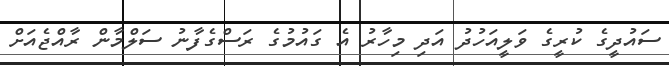
ސައުދީގެ ކުރީގެ ވަލީއަހުދު އަދި މިހާރު އެ ގައުމުގެ ރަސްގެފާނު ސަލްމާން ރާއްޖެެއަށް